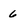
Character: 6